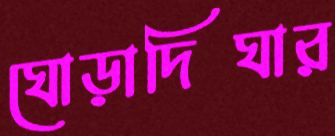
ঘোড়াদিঘার